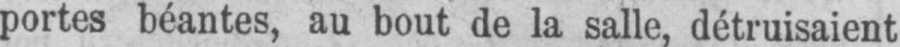
partes béantes, au bout de la salle, détruisaient